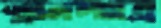
স্নানপাত্রে